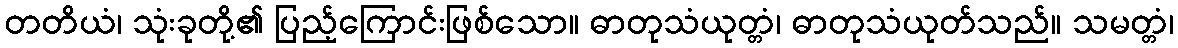
တတိယံ၊ သုံးခုတို့၏ ပြည့်ကြောင်းဖြစ်သော။ ဓာတုသံယုတ္တံ၊ ဓာတုသံယုတ်သည်။ သမတ္တံ၊